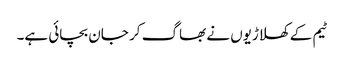
ٹیم کے کھلاڑیوں نے بھاگ کر جان بچائی ہے۔